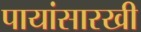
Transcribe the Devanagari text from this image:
पायांसारखी